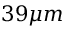
3 9 \mu m